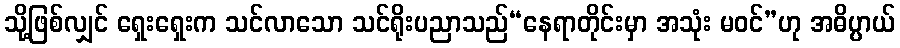
သို့ဖြစ်လျှင် ရှေးရှေးက သင်လာသော သင်ရိုးပညာသည်“နေရာတိုင်းမှာ အသုံး မဝင်”ဟု အဓိပ္ပာယ်